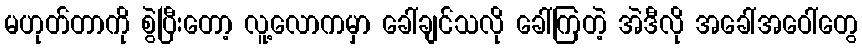
မဟုတ်တာကို စွဲပြီးတော့ လူ့လောကမှာ ခေါ်ချင်သလို ခေါ်ကြတဲ့ အဲဒီလို အခေါ်အဝေါ်တွေ